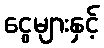
ငွေများနှင့်